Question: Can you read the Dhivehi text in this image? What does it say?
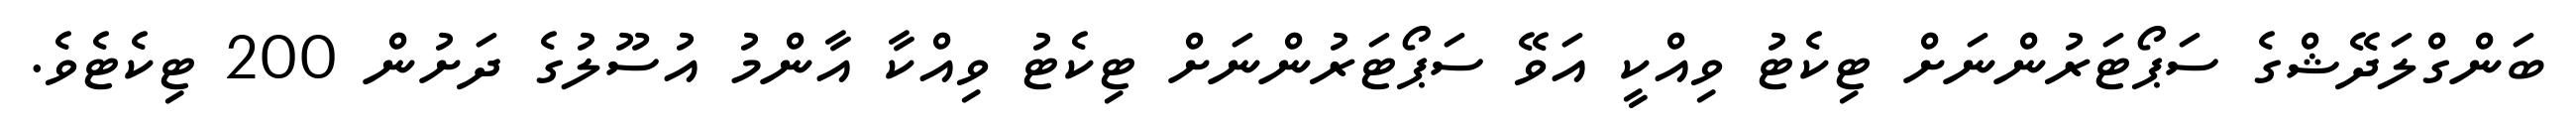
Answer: ބަންގްލަދޭޝްގެ ސަޕޯޓަރުންނަށް ޓިކެޓު ވިއްކީ އަވޭ ސަޕޯޓަރުންނަށް ޓިކެޓު ވިއްކާ އާންމު އުސޫލުގެ ދަށުން 200 ޓިކެޓެވެ.